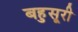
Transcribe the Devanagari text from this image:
बहुसूरी